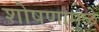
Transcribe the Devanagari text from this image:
शोषणामुळे